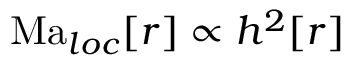
\mathrm { M a } _ { l o c } [ r ] \propto h ^ { 2 } [ r ]